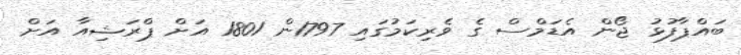
ބައްޕާފުޅު ޖޯން އެޑަމްސް ގެ ވެރިކަމުގައި 1797ން 1801 އަށް ޕްރަޝިއާ އަށް